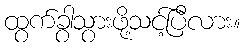
ထွက်ခွာသွားဖို့သင့်ပြီလား။